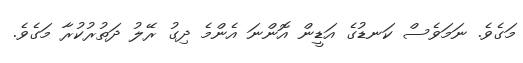
މަގެވެ. ނަމަވެސް ކަނޑުގެ އަޑީން އޮންނަ އެންމެ ދިގު ރޭލު ދަތުރުކުރާ މަގެވެ.